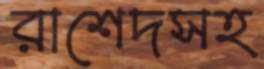
রাশেদসহ